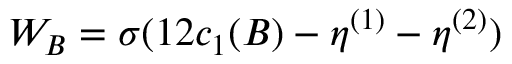
W _ { B } = \sigma ( 1 2 c _ { 1 } ( B ) - \eta ^ { ( 1 ) } - \eta ^ { ( 2 ) } )